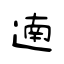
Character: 遖